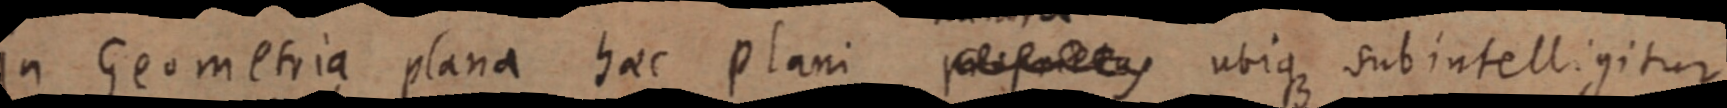
in Geometria plana haec plani _ utique subintelligitur